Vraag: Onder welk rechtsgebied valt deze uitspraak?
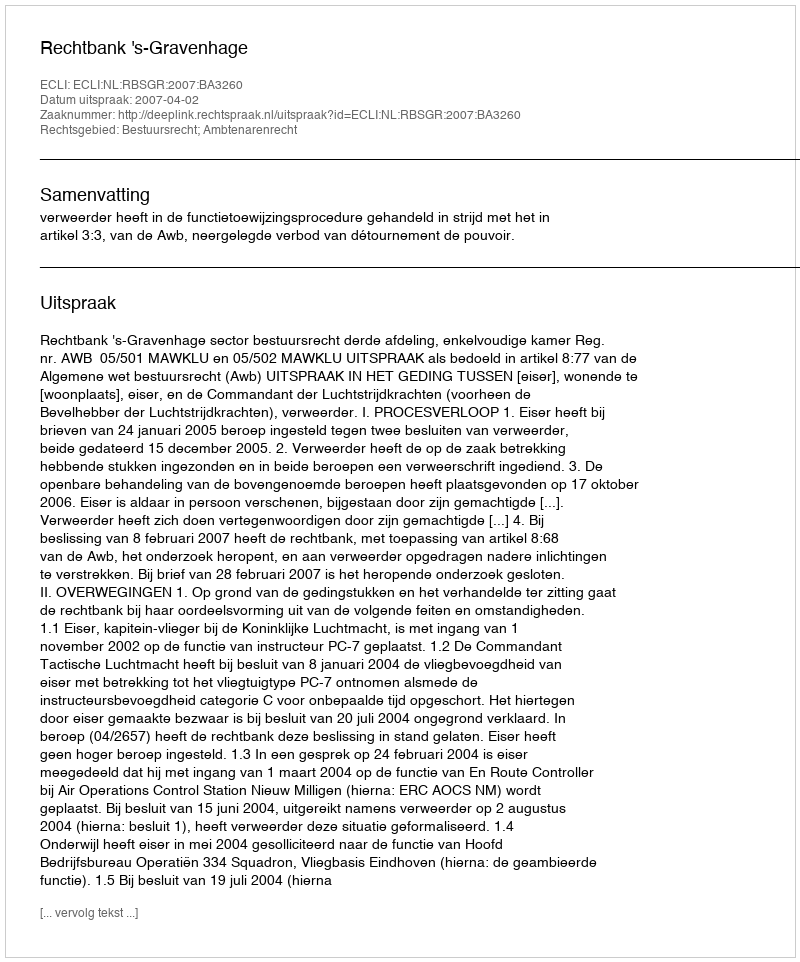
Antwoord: Bestuursrecht; Ambtenarenrecht